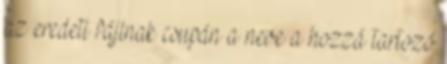
az eredeti fájlnak csupán a neve a hozzá tartozó